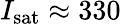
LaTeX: I_{\mathrm{sat}}\approx 330